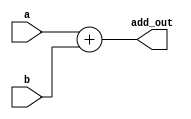
module ADD (a,b,add_out);
	input [15:0] a;
	input [15:0] b;
	output [15:0] add_out;
	
	assign add_out = a+b;
endmodule